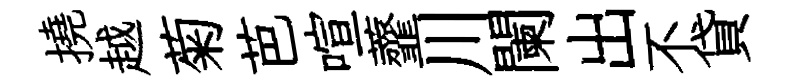
撓越菊芭喧虀川闌出不貸